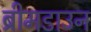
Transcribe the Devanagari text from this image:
ब्रीमडाउन